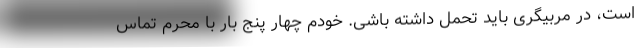
است، در مربیگری باید تحمل داشته باشی. خودم چهار پنج بار با محرم تماس